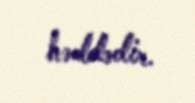
həddədir.